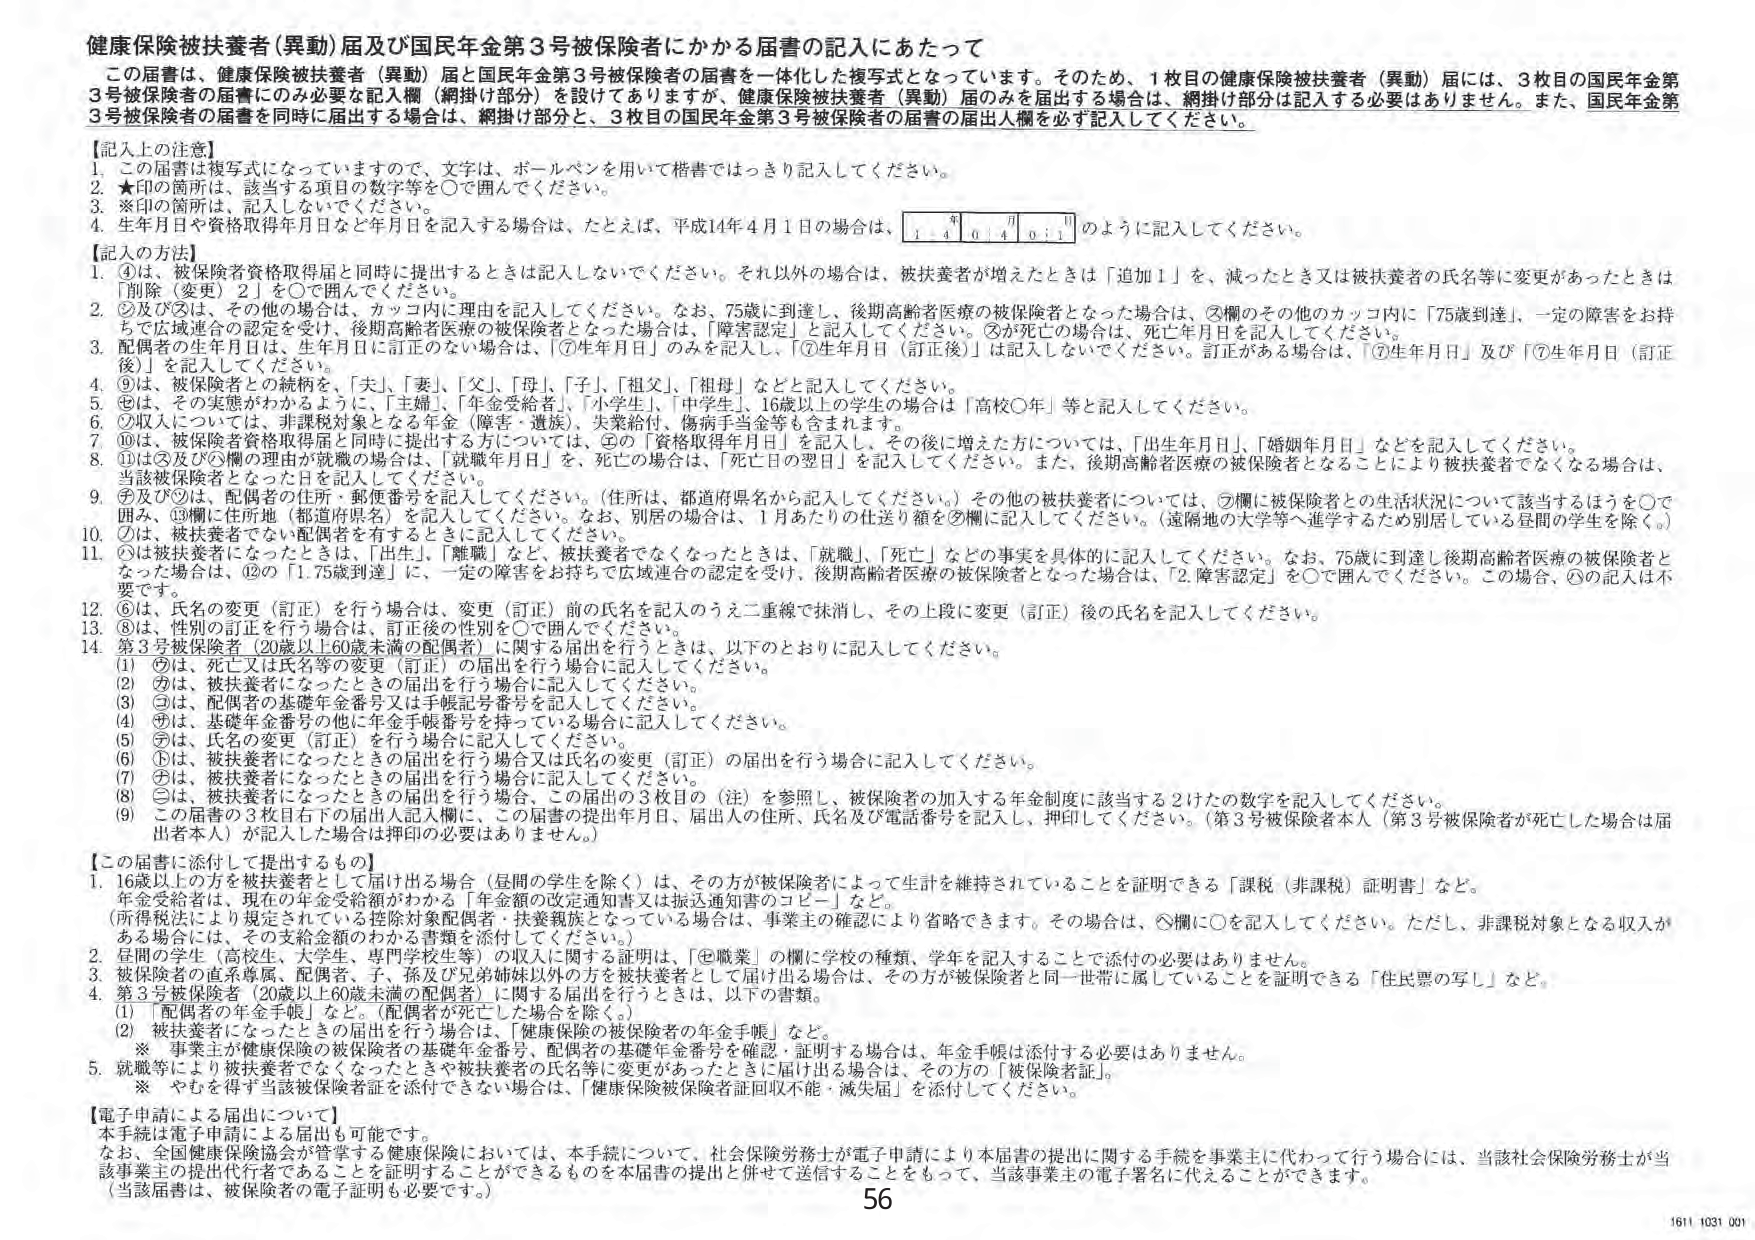
健康保険被扶養者（異動）届及び国民年金第3号被保険者にかかる届書の記入にあたって

この届書は、健康保険被扶養者（異動）届と国民年金第3号被保険者の届書を一体化した複写式となっています。そのため、1枚目の健康保険被扶養者（異動）届には、3枚目の国民年金第3号被保険者の届書にのみ必要の記入欄（網掛け部分）を設けてありますが、健康保険被扶養者（異動）届のみを届出する場合は、網掛け部分は記入する必要はありません。また、国民年金第3号被保険者の届書を同封に届出する場合は、網掛け部分と、3枚目の国民年金第3号被保険者の届書の届出人欄を必ず記入してください。

【記入上の注意】
1. この届書は複写式になっていますので、文字は、ボールペンを用いて楷書ではっきり記入してください。
2. ★印の箇所は、該当する項目の数字等を○で囲んでください。
3. ※印の箇所は、記入しないでください。
4. 生年月日や資格取得年月日など年月日を記入する場合は、たとえば、平成14年4月1日の場合は、
　　1 4 0 4 0 1
　　のように記入してください。

【記入の方法】
1. ④は、被保険者資格取得届と同時に提出するときは記入しないでください。それ以外の場合は、被扶養者が増えたときは「追加1」を、減ったとき又は被扶養者の氏名等に変更があったときは「削除（変更）2」を○で囲んでください。
2. ②及び③は、その他の場合は、カッコ内に理由を記入してください。なお、75歳に到達し、後期高齢者医療の被保険者となった場合は、②欄のその他のカッコ内に「75歳到達」、一定の障害をお持ちで広域連合の認定を受け、後期高齢者医療の被保険者となった場合は、「障害認定」と記入してください。③が死亡の場合は、死亡年月日を記入してください。
3. 配偶者の生年月日は、生年月日の訂正のない場合は、「⑦生年月日」のみを記入し、「⑦生年月日（訂正後）」は記入しないでください。訂正がある場合は、「⑦生年月日」及び「⑦生年月日（訂正後）」を記入してください。
4. ⑨は、被保険者との続柄を、「夫」、「妻」、「父」、「母」、「子」、「祖父」、「祖母」などと記入してください。
5. ⑧は、その実態がわかるように、「主婦」、「年金受給者」、「小学生」、「中学生」、16歳以上の学生の場合は「高校○年」等と記入してください。
6. ⑦収入については、非課税対象となる年金（障害・遺族）、失業給付、傷病手当金等も含まれます。
7. ⑩は、被保険者資格取得届と同時に提出する方については、②の「資格取得年月日」を記入し、その後に増えた方については、「出生年月日」、「婚姻年月日」などを記入してください。
8. ⑪は③及び⑤欄の理由が就職の場合は、「就職年月日」を、死亡の場合は、「死亡日の翌日」を記入してください。また、後期高齢者医療の被保険者となることにより被扶養者でなくなる場合は、当該被扶養者となった日を記入してください。
9. ⑦及び⑨は、配偶者の住所・郵便番号を記入してください。（住所は、都道府県名から記入してください。）その他の被扶養者については、⑦欄に被保険者との生活状況について該当するほうを○で囲み、⑨欄に住所地（都道府県名）を記入してください。なお、別居の場合は、1月あたりの仕送り額を⑤欄に記入してください。（遠隔地の大学等へ進学するため別居している昼間の学生を除く。）
10. ⑦は、被扶養者でない配偶者を有するときに記入してください。
11. ①は被扶養者になったときは、「出生」、「離職」など、被扶養者でなくなったときは、「就職」、「死亡」などの事実を具体的に記入してください。なお、75歳に到達し後期高齢者医療の被保険者となった場合は、⑫の「1.75歳到達」に、一定の障害をお持ちで広域連合の認定を受け、後期高齢者医療の被保険者となった場合は、「2.障害認定」を○で囲んでください。この場合、①の記入は不要です。
12. ⑥は、氏名の変更（訂正）を行う場合は、変更（訂正）前の氏名を記入のうえ二重線で抹消し、その上段に変更（訂正）後の氏名を記入してください。
13. ⑧は、性別の訂正を行う場合は、訂正後の性別を○で囲んでください。
14. 第3号被保険者（20歳以上60歳未満の配偶者）に関する届出を行うときは、以下のとおりに記入してください。
　　(1) ⑥は、死亡又は氏名等の変更（訂正）の届出を行う場合に記入してください。
　　(2) ⑦は、被扶養者になったときの届出を行う場合に記入してください。
　　(3) ③は、配偶者の基礎年金番号又は手帳記号番号を記入してください。
　　(4) ⑦は、基礎年金番号の他に年金手帳番号を持っている場合に記入してください。
　　(5) ⑦は、氏名の変更（訂正）を行う場合に記入してください。
　　(6) ①は、被扶養者になったときの届出を行う場合又は氏名の変更（訂正）の届出を行う場合に記入してください。
　　(7) ⑧は、被扶養者になったときの届出を行う場合に記入してください。
　　(8) ③は、被扶養者になったときの届出を行う場合、この届出の3枚目の（注）を参照し、被保険者の加入する年金制度に該当する2けたの数字を記入してください。
　　(9) この届書の3枚目右下の届出人記入欄に、この届書の提出年月日、届出人の住所、氏名及び電話番号を記入し、押印してください。（第3号被保険者本人（第3号被保険者が死亡した場合は届出者本人）が記入した場合は押印の必要はありません。）

【この届書に添付して提出するもの】
1. 16歳以上の方を被扶養者として届け出る場合（昼間の学生を除く）は、その方が被保険者によって生計を維持されていることを証明できる「課税（非課税）証明書」など。
　　（年金受給者は、現在の年金受給額がわかる「年金額の改定通知書又は振込通知書のコピー」など。）
　　（所得税法により規定されている控除対象配偶者・扶養親族となっている場合は、事業主の確認により省略できます。その場合は、⑧欄に○を記入してください。ただし、非課税対象となる収入がある場合には、その支給金額のわかる書類を添付してください。）
2. 昼間の学生（高校生、大学生、専門学校生等）の収入に関する証明は、「⑧職業」の欄に学校の種類、学年を記入することで添付の必要はありません。
3. 被保険者の直系尊属、配偶者、子、孫及び兄弟姉妹以外の方を被扶養者として届け出る場合は、その方が被保険者と同一世帯に属していることを証明できる「住民票の写し」など。
4. 第3号被保険者（20歳以上60歳未満の配偶者）に関する届出を行うときは、以下の書類。
　　(1) 「配偶者の年金手帳」など。（配偶者が死亡した場合を除く。）
　　(2) 被扶養者になったときの届出を行う場合は、「健康保険の被保険者の年金手帳」など。
　　※ 事業主が健康保険の被保険者の基礎年金番号、配偶者の基礎年金番号を確認・証明する場合は、年金手帳は添付する必要はありません。
5. 就職等により被扶養者でなくなったときや被扶養者の氏名等に変更があったときに届け出る場合は、その方の「被保険者証」。
　　※ やむを得ず当該被保険者証を添付できない場合は、「健康保険被保険者証回収不能・滅失届」を添付してください。

【電子申請による届出について】
本手続は電子申請による届出も可能です。
なお、全国健康保険協会が管掌する健康保険においては、本手続について、社会保険労務士が電子申請により本届書の提出に関する手続を事業主に代わって行う場合には、当該社会保険労務士が当該事業主の提出代行者であることを証明することができるものを本届書の提出に併せて送信することをもって、当該事業主の電子署名に代えることができます。
（当該届書は、被保険者の電子証明も必要です。）

56
1611 1031 001